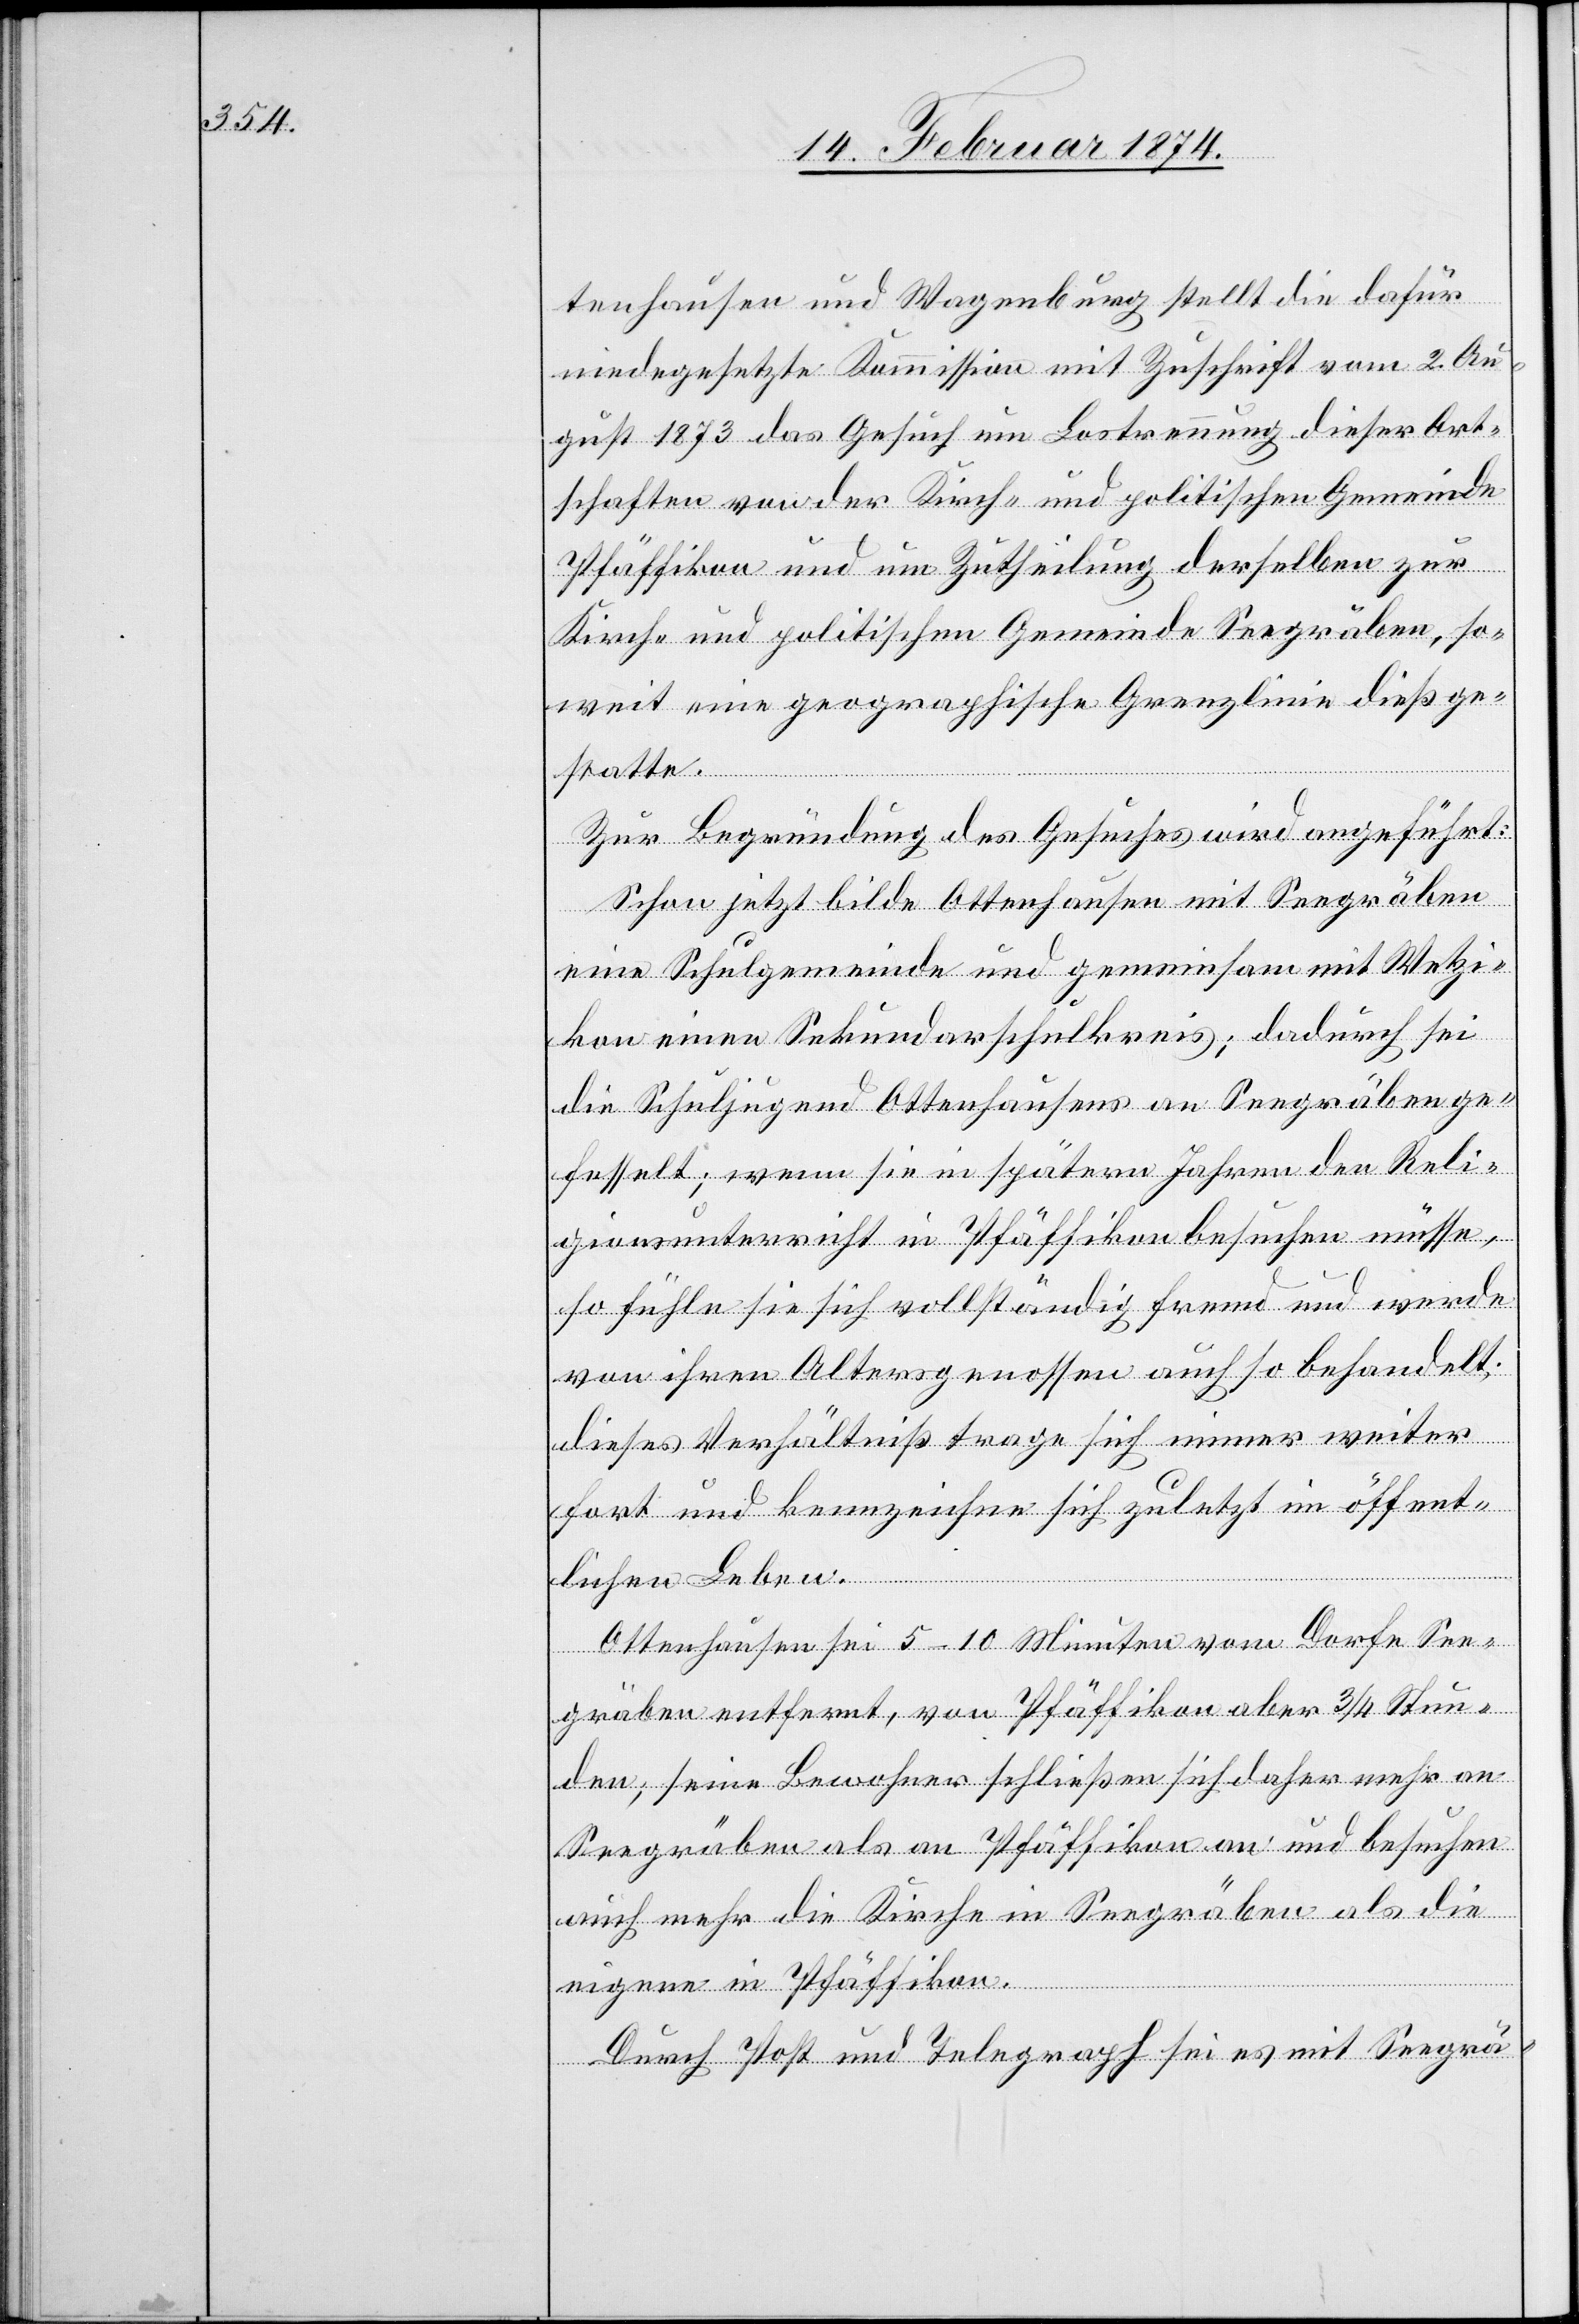
tenhausen und Wagenburg stellt die dafür
niede[r]gesetzte Kommission mit Zuschrift vom 2. Au¬
gust 1873 das Gesuch um Lostrennung dieser Ort¬
schaften von der Kirch- und politischen Gemeinde
Pfäffikon und um Zutheilung derselben zur
Kirch- und politischen Gemeinde Seegräben, so¬
weit eine geographische Grenzlinie dieß ge¬
statte.
Zur Begründung des Gesuches wird angeführt:
Schon jetzt bilde Ottenhausen mit Seegräben
eine Schulgemeinde und gemeinsam mit Wetzi¬
kon einen Sekundarschulkreis; dadurch sei
die Schuljugend Ottenhausens an Seegräben ge¬
fesselt; wenn sie in spätern Jahren den Reli¬
gionsunterricht in Pfäffikon besuchen müsse,
so fühle sie sich vollständig fremd und werde
von ihren Altersgenossen auch so behandelt;
dieses Verhältniß trage sich immer weiter
fort und kennzeichne sich zuletzt im öffent¬
lichen Leben.
Ottenhausen sei 5–10 Minuten vom Dorfe See¬
gräben entfernt, von Pfäffikon aber 3/4 Stun¬
den; seine Bewohner schließen sich daher mehr an
Seegräben als an Pfäffikon an und besuchen
auch mehr die Kirche in Seegräben als die
eigene in Pfäffikon.
Durch Post und Telegraph sei es mit Seegrä-